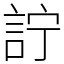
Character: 詝